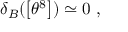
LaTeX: \delta _ { B } ( \left[ \theta ^ { 8 } \right] ) \simeq 0 ~ ,